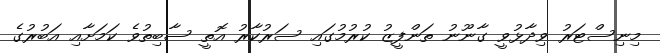
މިނިސްޓަރު ވިދާޅުވީ ގާނޫނު ތަންފީޒު ކުރުމުގައި ސަރުކާރު އޮތީ ސާބިތުވެ ކަމަށާއި އަބުރުގެ